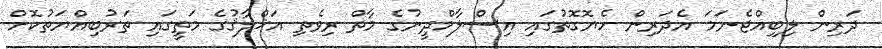
ދަރިން ލިބިއްޖެނަމަ އެދަރިން ހެޔޮގޮތުގައި އިސްލާމްދީނުގެ މާތް ރިވެތި އަޚްލާޤުގެ މަތީގައި ތަރުބިއްޔަތުކޮށް